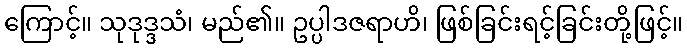
ကြောင့်။ သုဒုဒ္ဒသံ၊ မည်၏။ ဥပ္ပါဒဇရာဟိ၊ ဖြစ်ခြင်းရင့်ခြင်းတို့ဖြင့်။